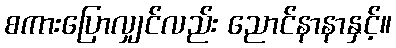
စကားပြောလျှင်လည်း ညောင်နာနာနှင့်။